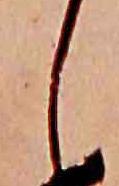
し